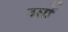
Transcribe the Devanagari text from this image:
उर्सो